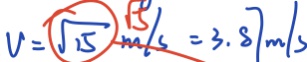
V = \sqrt { 1 5 } m / s = 3 . 8 7 m / s